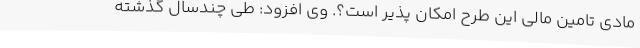
مادی تامین مالی این طرح امکان پذیر است؟. وی افزود: طی چندسال گذشته